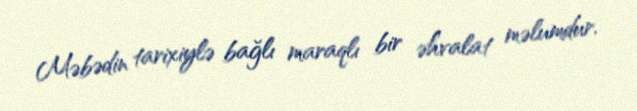
Məbədin tarixiylə bağlı maraqlı bir əhvalat məlumdur.